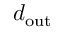
d _ { \mathrm { o u t } }